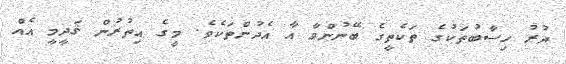
ދުރު ހިސާބުތަކުގެ ތަކެތީގެ ބޭނުންވާ އާ އެދުންތަކެވެ. މީގެ އިތުރުން ޤަދީމީ އެއް